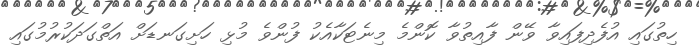
ހިތުގައި އުފެދިފައިވާ ވޭން ފާއިތުވާ ކޮންމެ މިނެޓަކާއެކު ފުންވެ މުޅި ހަށިގަނޑަށް އަތްގަދަކުރުމުގައި